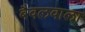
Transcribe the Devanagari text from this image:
बैवलवाला